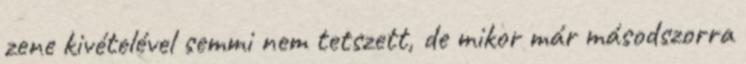
zene kivételével semmi nem tetszett, de mikor már másodszorra